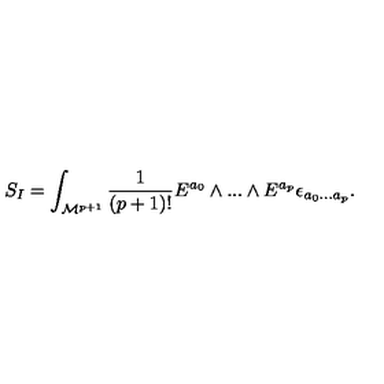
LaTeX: S _ { I } = \int _ { { \cal M } ^ { p + 1 } } { \frac { 1 } { ( p + 1 ) ! } } E ^ { a _ { 0 } } \wedge . . . \wedge E ^ { a _ { p } } \epsilon _ { a _ { 0 } . . . a _ { p } } .